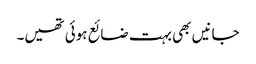
جانیں بھی بہت ضائع ہوئی تھیں۔